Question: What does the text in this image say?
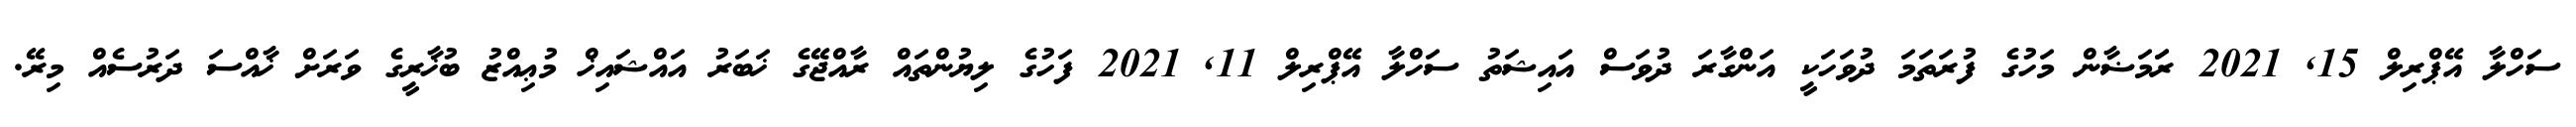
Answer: ސަހްލާ އޭޕްރިލް 15, 2021 ރަަމަޟާން މަހުގެ ފުރަތަމަ ދުވަހަކީ އަންގާރަ ދުވަސް އައިޝަތު ސަހްލާ އޭޕްރިލް 11, 2021 ފަހުގެ ލިޔުންތައް ރާއްޖޭގެ ޚަބަރު އައްޝައިޚް މުޢިއްޒު ބުޚާރީގެ ވަރަށް ޚާއްސަ ދަރުސެއް މިރޭ.